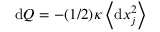
\mathrm { d } Q = - ( 1 / 2 ) \kappa \left< \mathrm { d } x _ { j } ^ { 2 } \right>